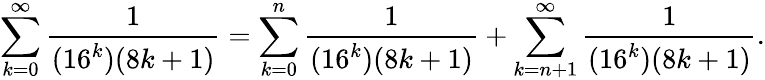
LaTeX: \sum_{k=0}^{\infty}{\frac{1}{(16^{k})(8k+1)}}=\sum_{k=0}^{n}{\frac{1}{(16^{k})(8k+1)}}+\sum_{k=n+1}^{\infty}{\frac{1}{(16^{k})(8k+1)}}.